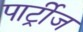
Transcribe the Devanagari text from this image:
पार्ट्रीज